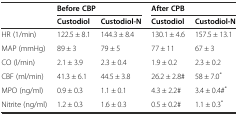
<table><thead><tr><td></td><td colspan="2"><b>Before CBP</b></td><td colspan="2"><b>After CPB</b></td></tr><tr><td></td><td><b>Custodiol</b></td><td><b>Custodiol-N</b></td><td><b>Custodiol</b></td><td><b>Custodiol-N</b></td></tr></thead><tbody><tr><td>HR (1/min)</td><td>122.5 ± 8.1</td><td>144.3 ± 8.4</td><td>130.1 ± 4.6</td><td>157.5 ± 13.1</td></tr><tr><td>MAP (mmHg)</td><td>89 ± 3</td><td>79 ± 5</td><td>77 ± 11</td><td>67 ± 3</td></tr><tr><td>CO (l/min)</td><td>2.1 ± 3.9</td><td>2.3 ± 0.4</td><td>1.9 ± 0.2</td><td>2.3 ± 0.2</td></tr><tr><td>CBF (ml/min)</td><td>41.3 ± 6.1</td><td>44.5 ± 3.8</td><td>26.2 ± 2.8#</td><td>58 ± 7.0<sup>*</sup></td></tr><tr><td>MPO (ng/ml)</td><td>0.9 ± 0.3</td><td>1.1 ± 0.1</td><td>4.3 ± 2.2#</td><td>3.4 ± 0.4#<sup>*</sup></td></tr><tr><td>Nitrite (ng/ml)</td><td>1.2 ± 0.3</td><td>1.6 ± 0.3</td><td>0.5 ± 0.2#</td><td>1.1 ± 0.3<sup>*</sup></td></tr></tbody></table>